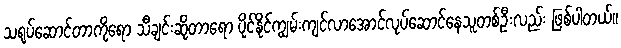
သရုပ်ဆောင်တာကိုရော သီချင်းဆိုတာရော ပိုင်နိုင်ကျွမ်းကျင်လာအောင်လုပ်ဆောင်နေသူတစ်ဦးလည်း ဖြစ်ပါတယ်။